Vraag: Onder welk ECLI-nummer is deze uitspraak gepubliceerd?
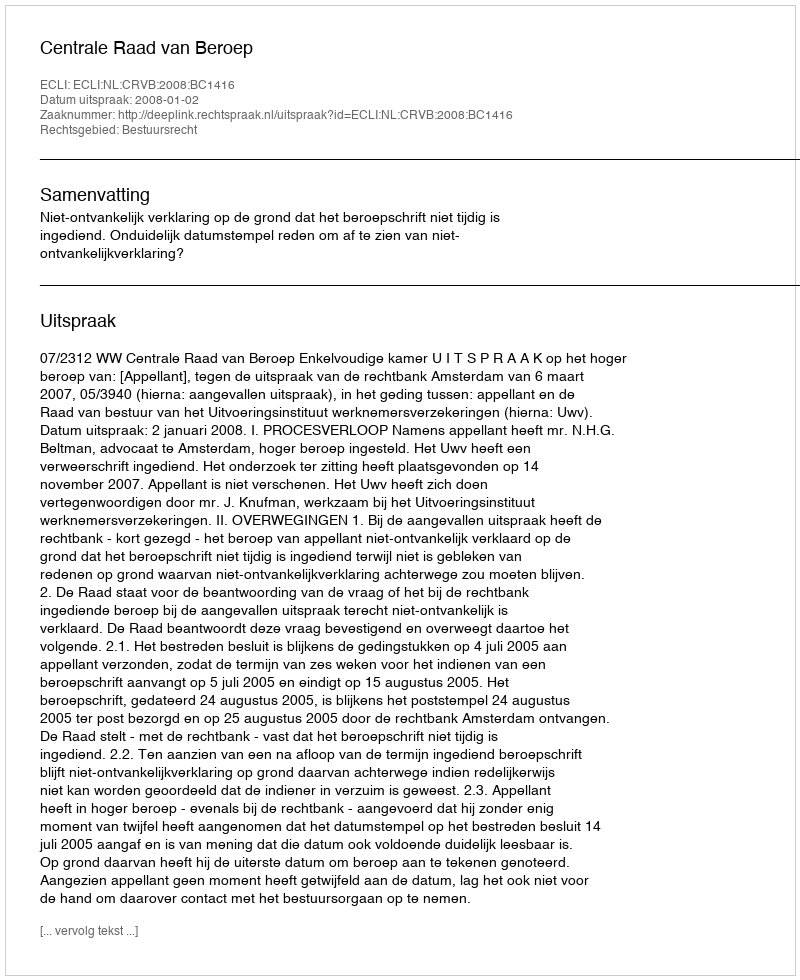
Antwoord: ECLI:NL:CRVB:2008:BC1416